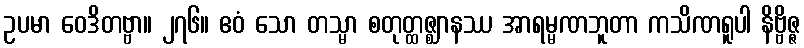
ဥပမာ ဝေဒိတဗ္ဗာ။ ၂၇၆။ ဧဝံ သော တသ္မာ စတုတ္ထဇ္ဈာနဿ အာရမ္မဏဘူတာ ကသိဏရူပါ နိဗ္ဗိဇ္ဇ